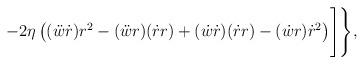
LaTeX: \begin{align*}-2\eta\left((\ddot w \dot r)r^2-(\ddot w r)(\dot r r)+(\dot w\dot r)(\dot r r)-(\dot w r)\dot r^2\right)\Biggr]\Biggr\},\end{align*}